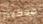
هوكينز